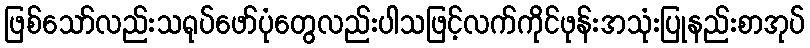
ဖြစ်သော်လည်းသရုပ်ဖော်ပုံတွေလည်းပါသဖြင့်လက်ကိုင်ဖုန်းအသုံးပြုနည်းစာအုပ်